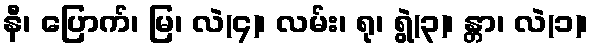
နီ၊ ပြောက်၊ မြ၊ လဲ(၄)၊ လမ်း၊ ရု၊ ရွဲ(၃)၊ န္တာ၊ လဲ(၁)၊